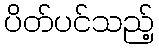
ပိတ်ပင်သည့်